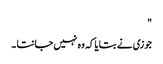
"
جوزی نے بتایا کہ وہ نہیں جانتا ۔